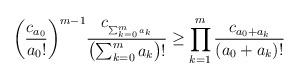
LaTeX: \begin{align*}\biggl(\frac{c_{a_0}}{a_0!}\biggr)^{m-1}\frac{c_{_{\sum_{k=0}^ma_k}}}{\bigl(\sum_{k=0}^ma_k\bigr)!}\ge \prod_{k=1}^m\frac{c_{a_0+a_k}}{(a_0+a_k)!}\end{align*}